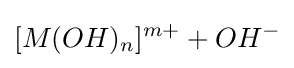
[M(OH)_{n}]^{m+}+OH^{-}